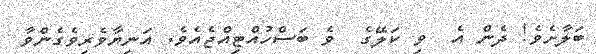
ބަލާށެވެ! ދެން އެ  ވި ކަލޭގެ  ވެ ބަސްހުއްޓިއްޖެއެވެ. އަނިޔާވެރިވެގެންވާ